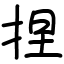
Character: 捏